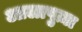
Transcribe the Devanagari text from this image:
आलापुज़ा